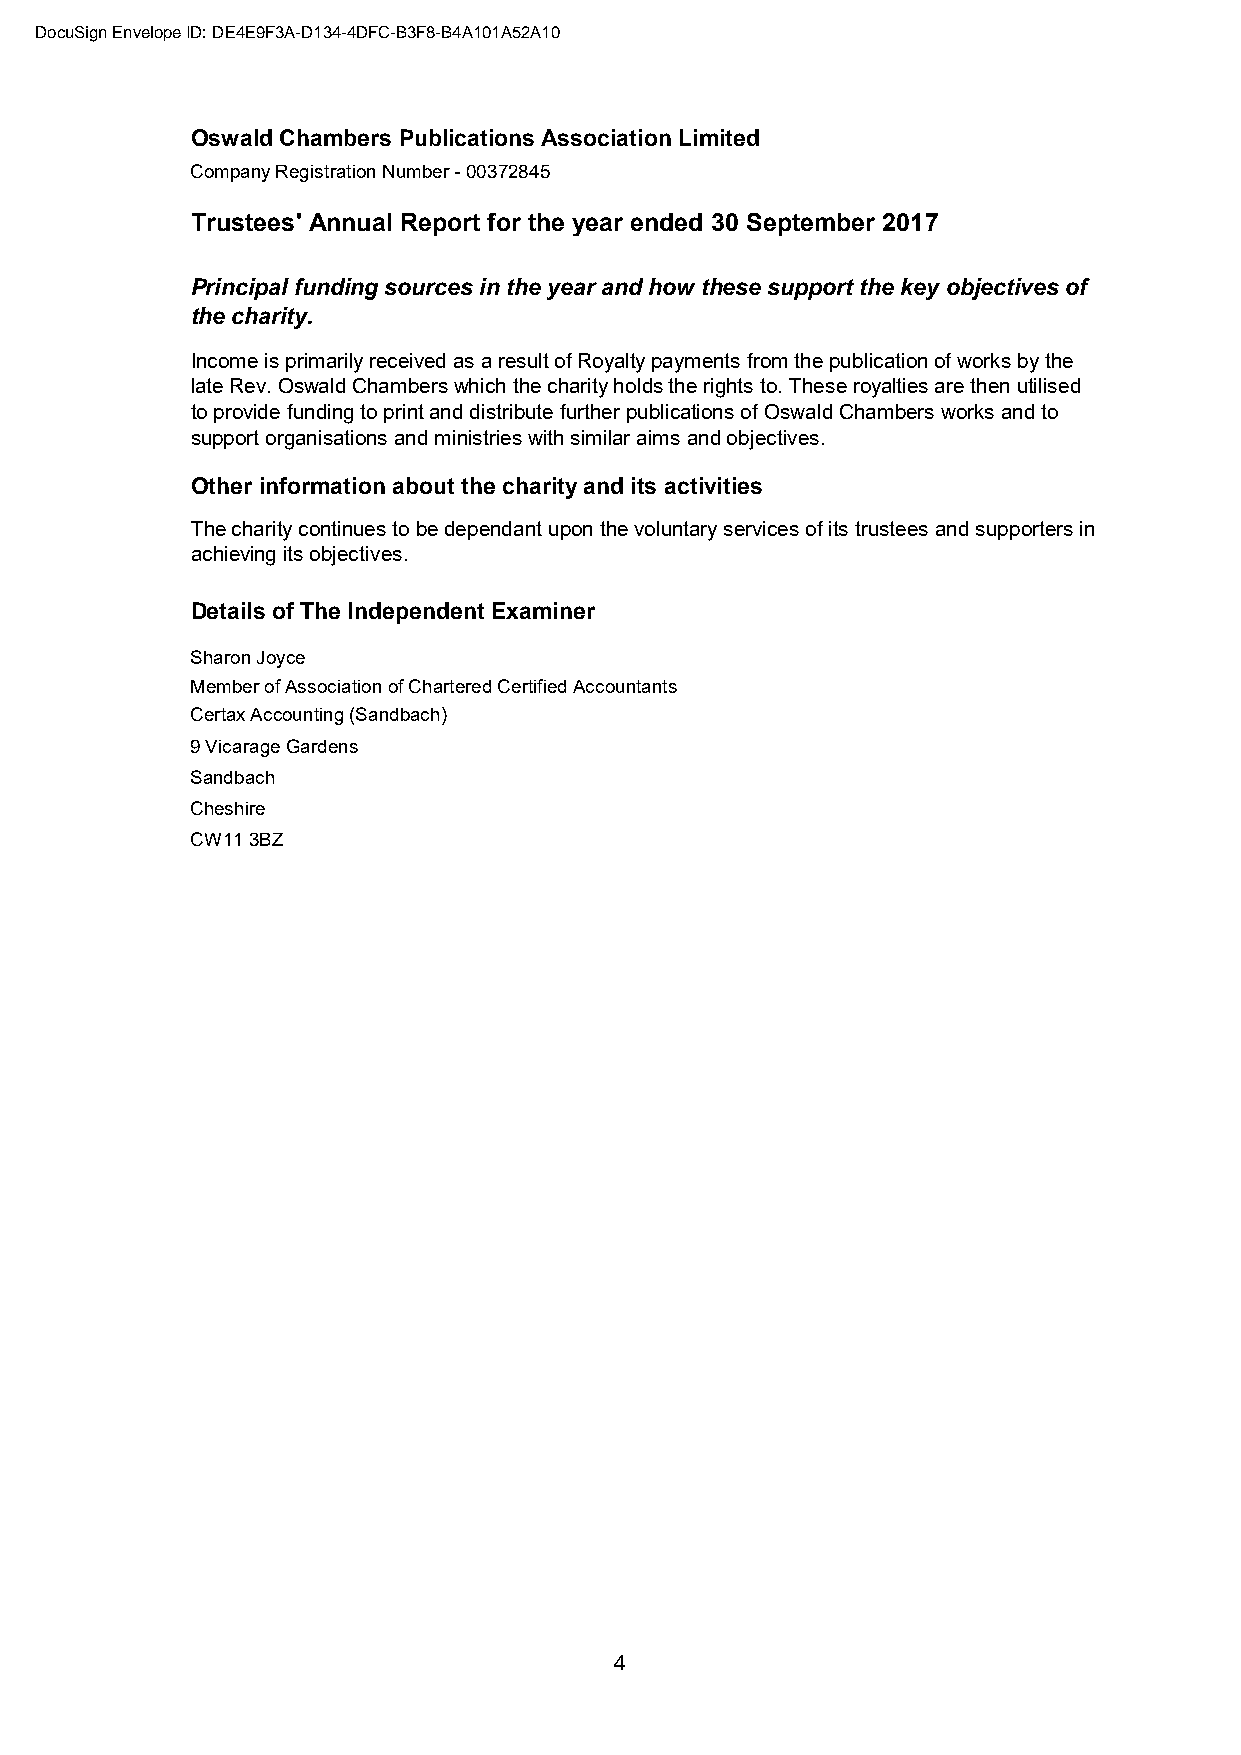
DocuSign Envelope ID: DE4E9F3A-D134-4DFC-B3F8-B4A101A52A10
 Oswald Chambers Publications Association Limited
 Company Registration Number - 00372845
 Trustees' Annual Report for the year ended 30 September 2017
 Principal funding sources in the year and how these support the key objectives of
 the charity.
 Income is primarily received as a result of Royalty payments from the publication of works by the
 late Rev. Oswald Chambers which the charity holds the rights to. These royalties are then utilised
 to provide funding to print and distribute further publications of Oswald Chambers works and to
 support organisations and ministries with similar aims and objectives.
 Other information about the charity and its activities
 The charity continues to be dependant upon the voluntary services of its trustees and supporters in
 achieving its objectives.
 Details of The Independent Examiner
 Sharon Joyce
 Member of Association of Chartered Certified Accountants
 Certax Accounting (Sandbach)
 9 Vicarage Gardens
 Sandbach
 Cheshire
 CW11 3BZ
 4